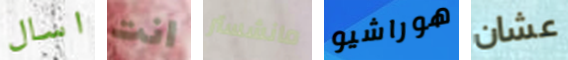
اسال انت مانشستر هوراشيو عشان